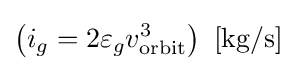
\left(i_{g}=2\varepsilon _{g}v_{\text{orbit}}^{3}\right)\ \mathrm {[kg/s]}